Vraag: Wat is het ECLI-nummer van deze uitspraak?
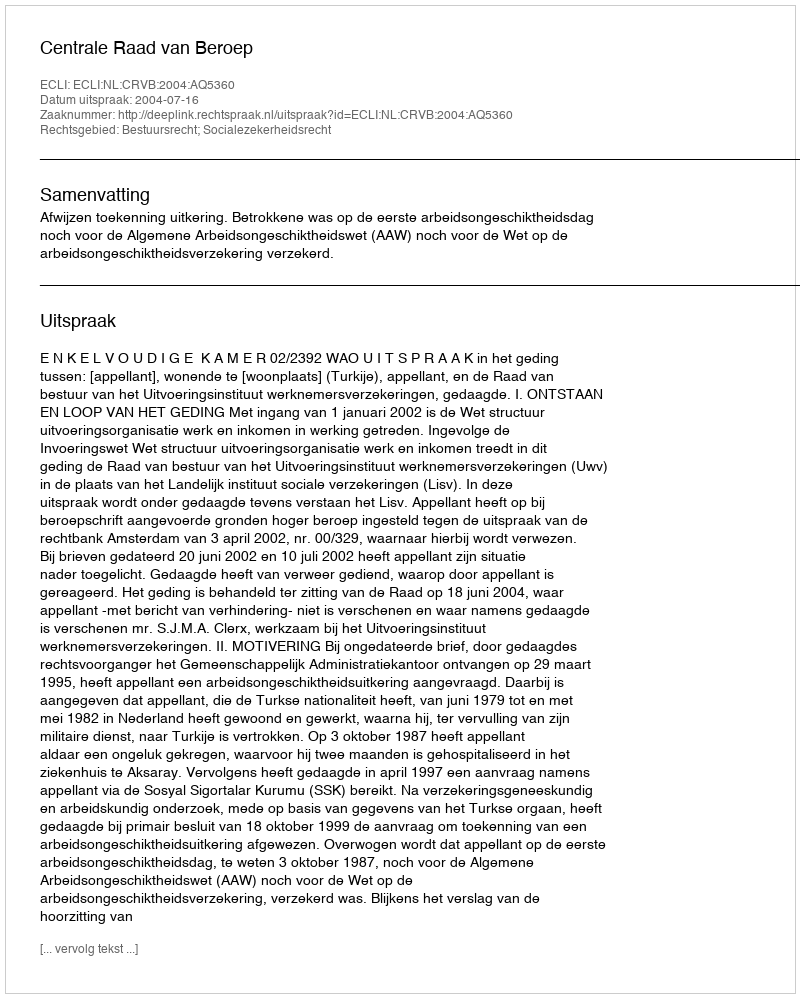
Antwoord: ECLI:NL:CRVB:2004:AQ5360